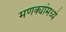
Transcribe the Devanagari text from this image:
मणक्यांमध्ये